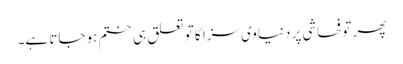
پھر تو فحاشی پر دنیاوی سزا کا تو تعلق ہی ختم ہو جاتا ہے۔